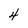
Character: 4